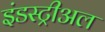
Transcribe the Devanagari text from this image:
इंडस्ट्रीअल